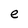
Character: e